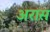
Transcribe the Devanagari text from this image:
अरास